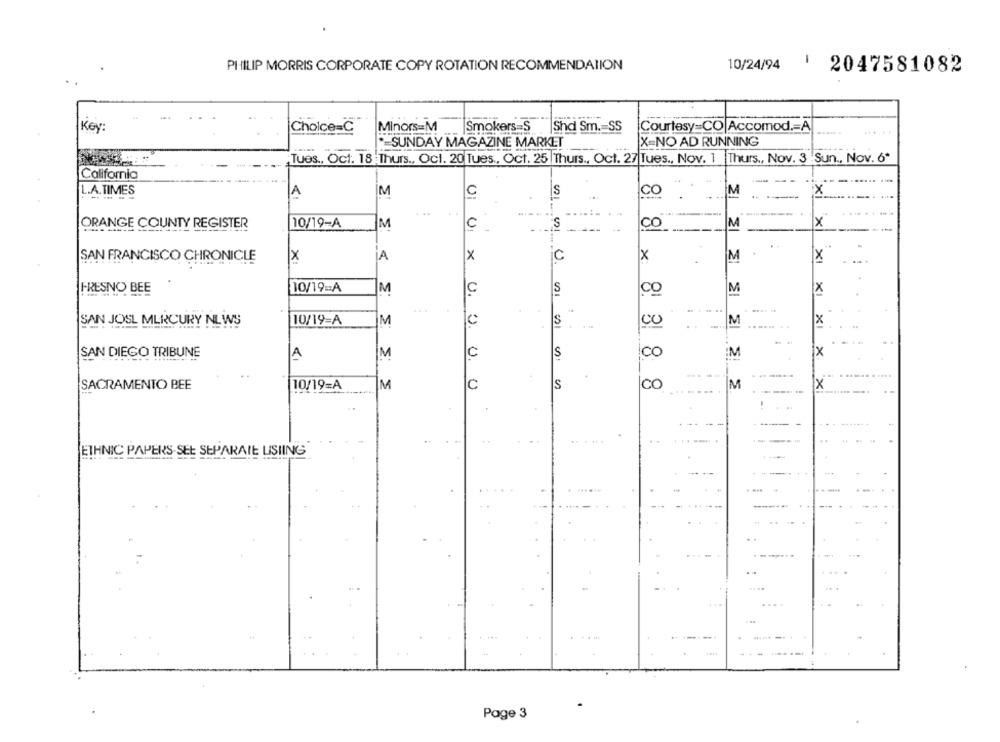
.
PHILIP MORRIS CORPORATE COPY ROTATION RECOMMENDATION
10/24/94
1 2047581082
Minors=M
Key
Choice=C
Smokers=S |Shd Sm .= SS
Courtesy=CO|Accomod .= A
..... .
X=NO AD RUNNING
-SUNDAY MAGAZINE MARKET
Tues ., Oct. 18 :Thurs ., Ocl. 20 Tues ., Oct. 25 |Thurs ., Oct. 27 |Tues ., Nov. 1 |Thurs ., Nov. 3 'Sun ., Nov. 6"
California
L.A.TIMES
A
IM
CO
M
..
X
----
. ..
ORANGE COUNTY REGISTER
10/19-A
M
C
S
CO
M
X
.
SAN FRANCISCO CHRONICLE
X
A
x
C
x
M
×
FRESNO BEE
10/19=A
M
M
X
C
S
CO
00
SAN JOSE MERCURY NEWS
10/19-A
M
C
S
M
.....
X
01 0 × U. U.
SAN DIEGO TRIBUNE
A
M
C
S
co
M
1X
SACRAMENTO BEE
10/19=A
M
C
S
CC
M
X
ETHNIC PAPERS-SEt SEPARAIE LISIING
..
Page 3